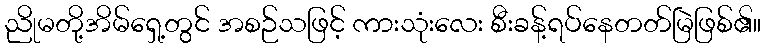
ညိုမတို့အိမ်ရှေ့တွင် အစဉ်သဖြင့် ကားသုံးလေး စီးခန့်ရပ်နေတတ်မြဲဖြစ်၏။